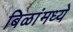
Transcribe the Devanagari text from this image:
बिळांमध्ये